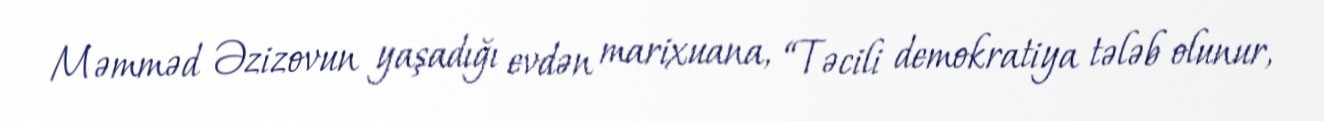
Məmməd Əzizovun yaşadığı evdən marixuana, “Təcili demokratiya tələb olunur,